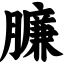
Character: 臁